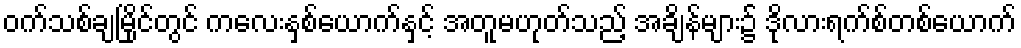
ဝက်သစ်ချမြိုင်တွင် ကလေးနှစ်ယောက်နှင့် အတူမဟုတ်သည့် အချိန်များ၌ ဒိုလားရက်စ်တစ်ယောက်